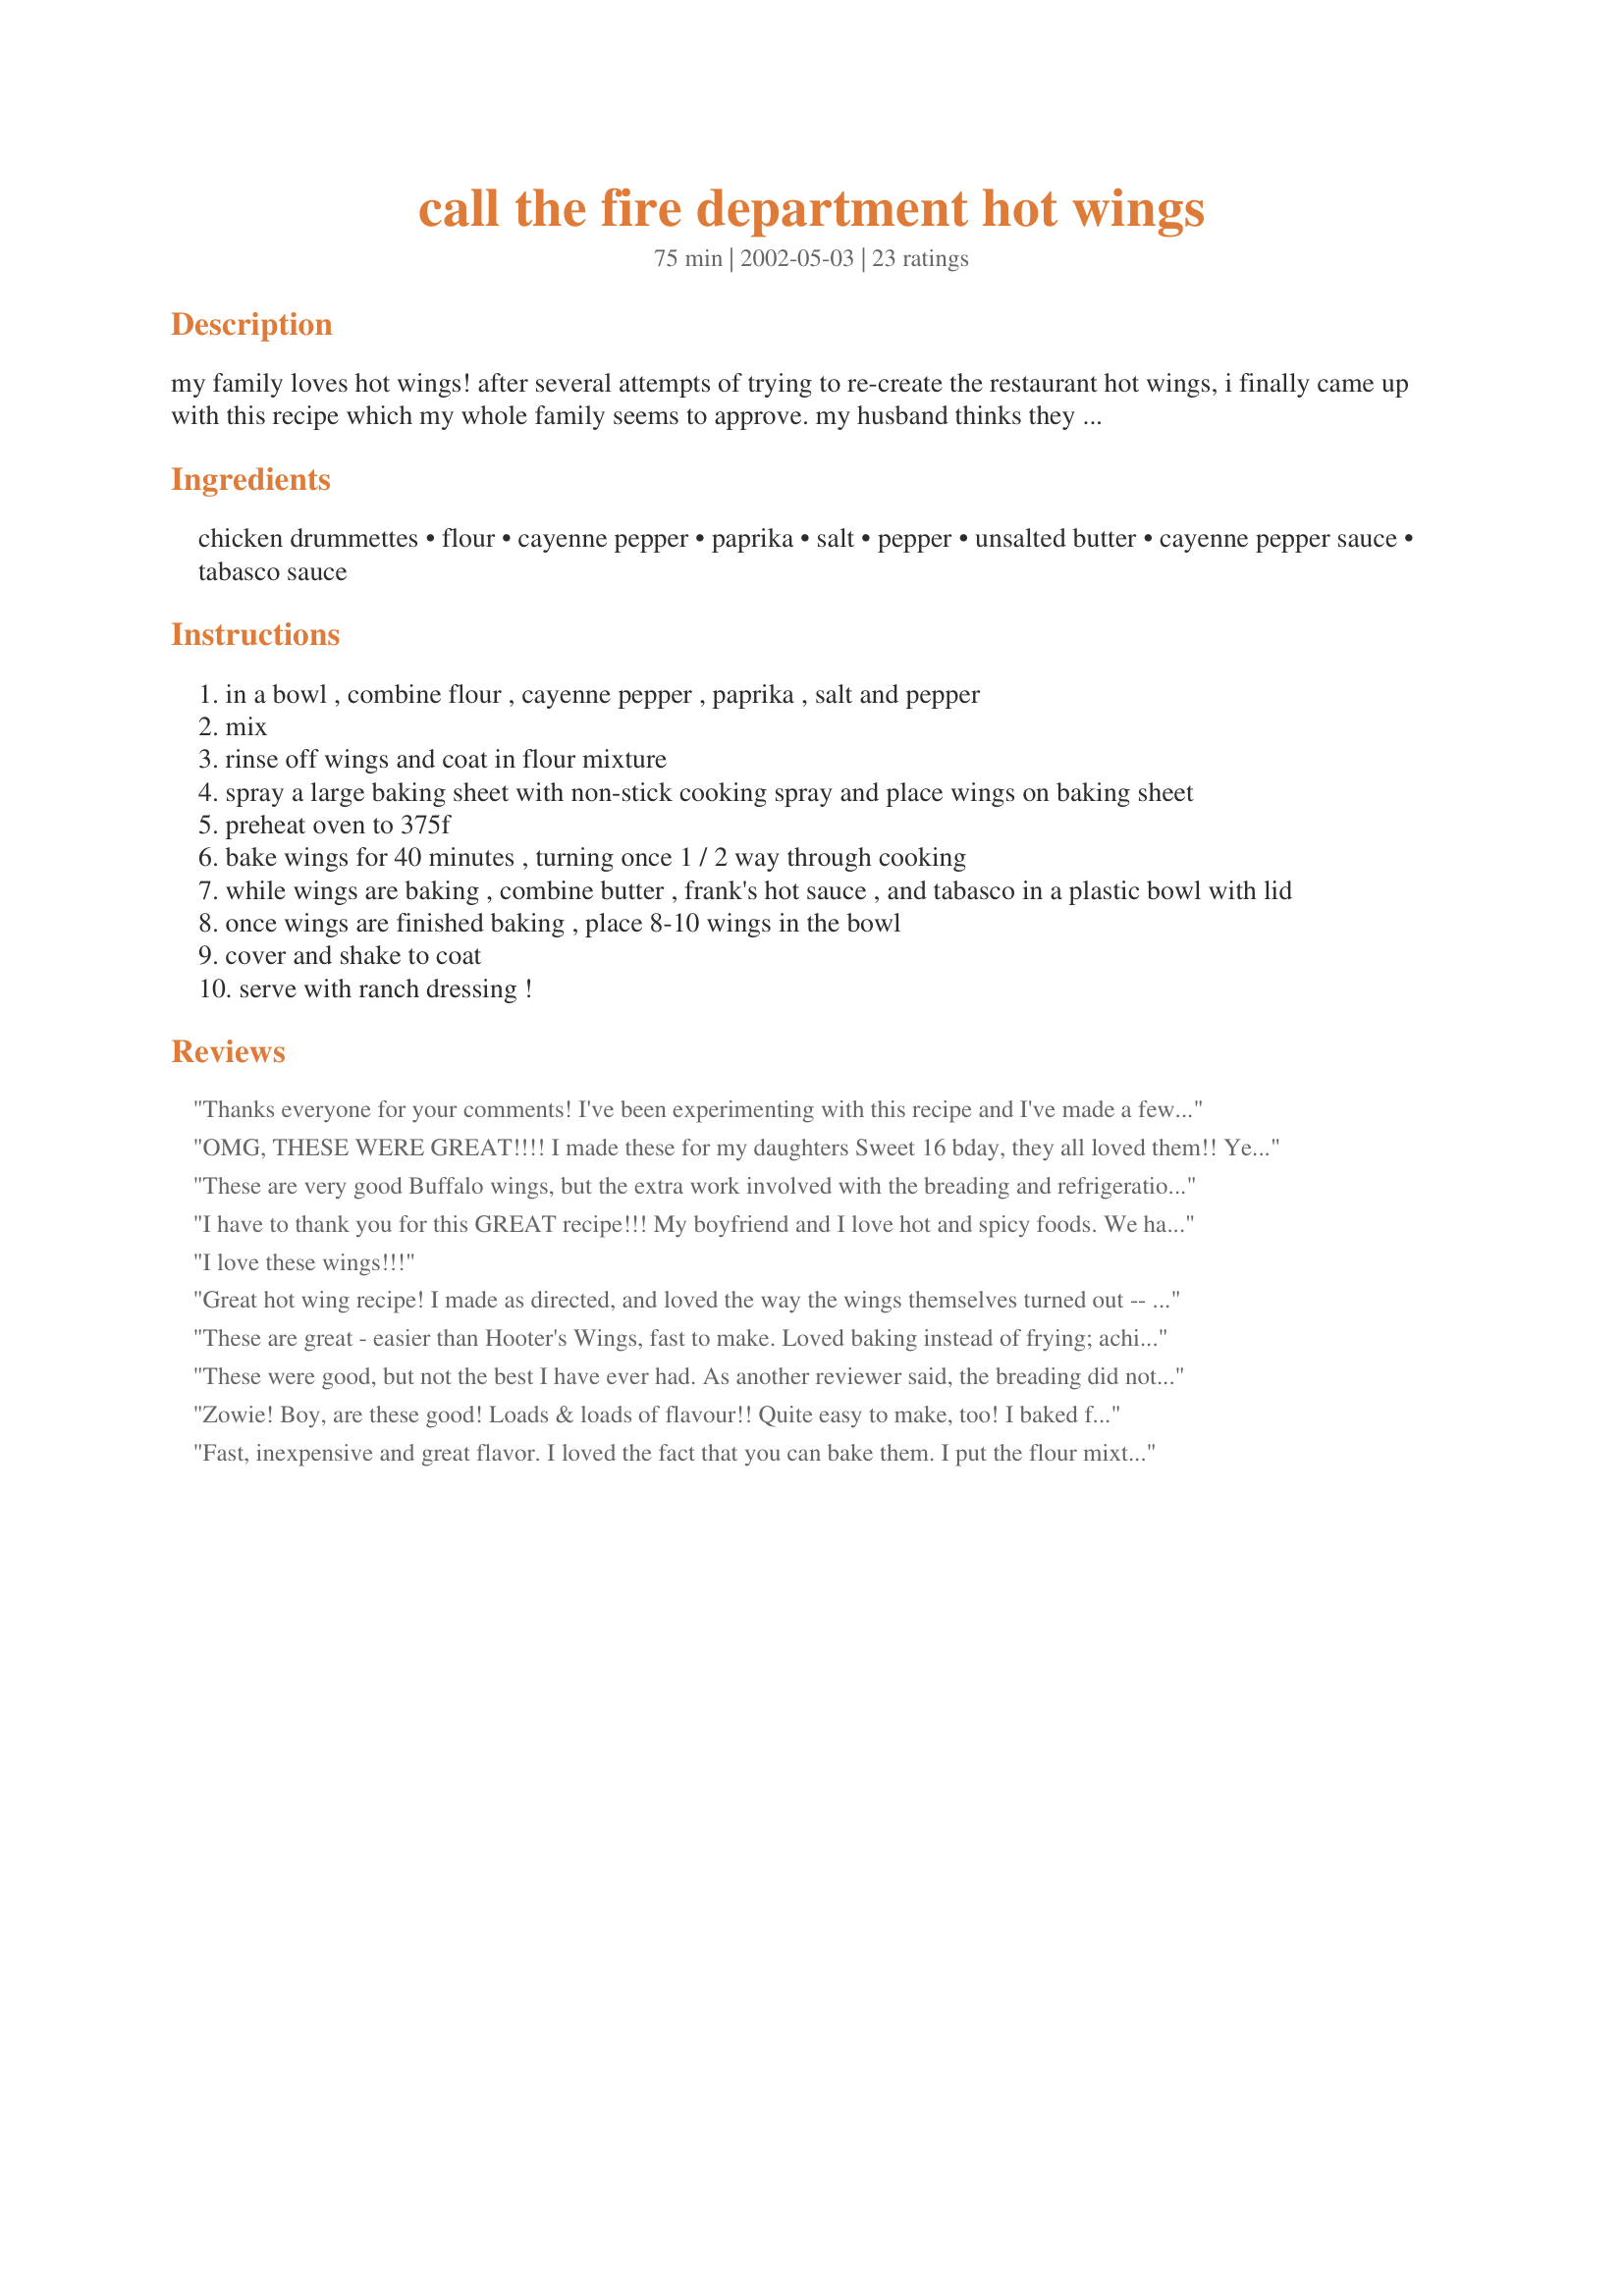
call the fire department hot wings
Preparation time: 75 minutes

my family loves hot wings! after several attempts of trying to re-create the restaurant hot wings, i finally came up with this recipe which my whole family seems to approve. my husband thinks they could be hotter, but then again, he adds red pepper flakes to most of his food. the kids and i think they are hot enough, but add even more tabasco if you wish!

Ingredients:
chicken drummettes, flour, cayenne pepper, paprika, salt, pepper, unsalted butter, cayenne pepper sauce, tabasco sauce

Steps:
in a bowl , combine flour , cayenne pepper , paprika , salt and pepper
mix
rinse off wings and coat in flour mixture
spray a large baking sheet with non-stick cooking spray and place wings on baking sheet
preheat oven to 375f
bake wings for 40 minutes , turning once 1 / 2 way through cooking
while wings are baking , combine butter , frank's hot sauce , and tabasco in a plastic bowl with lid
once wings are finished baking , place 8-10 wings in the bowl
cover and shake to coat
serve with ranch dressing !

Reviews:
Thanks everyone for your comments! 
I've been experimenting with this recipe and I've made a few changes that I think will make this recipe better....
1.) Omit the refrigerating time
2.) Omit the vinegar
3.) Increase the Tabasco sauce to 4 teaspoons instead of just 3! My family likes them HOT! :)
OMG, THESE WERE GREAT!!!! I made these for my daughters Sweet 16 bday, they all loved them!! Yeah cleaning the pan aftewards was a BIG JOB!! Even though i sprayed the pan, it still had to soak for a while. But they were amazing!! Thanks for sharing.
These are very good Buffalo wings, but the extra work involved with the breading and refrigeration didn't make much difference. Simply basting the wings with the sauce and shaking afterwards will provide the same flavor.
I have to thank you for this GREAT recipe!!! My boyfriend and I love hot and spicy foods. We have been trying a wide variety of Hot wings and we have to say by far you're "call the fire department hot wings" are the best yet!!
 Sincerely,

Molly & Mark
Baldur, Manitoba CANADA
I love these wings!!!
Great hot wing recipe! I made as directed, and loved the way the wings themselves turned out -- I'll use that method no matter what sauce I through on them. I really liked the sauce but my husband didn't care for the vinegar-y taste...so maybe next time I'll skip the tabasco? Otherwise we both really really enjoyed these. I didn't coat the wings, just served the sauce in a dish along with a dish of ranch to dip. These will definitely be made again! Thanks for posting :)
These are great - easier than Hooter's Wings, fast to make. Loved baking instead of frying; achieved same results. Forgive me for tweaking a perfect recipe, but we like it very hot...sprinkled liberally with cayenne pepper after breading, added 2 tablespoons of Chile Habernero Sauce. Thanks for an excellent recipe for wings.
These were good, but not the best I have ever had. As another reviewer said, the breading did not make much sense. Also, I had problems removing them from the baking pan, so I would suggest spraying the pan or drizzling butter over them before baking. To my taste, the 1/2 tsp salt called for was not enough. Perhaps not adding the salt to the flour and instead sprinkling them with salt before flouring them would result in tastier wings. I also baked them at 425 degrees for the same amount of baking time to make them crispier.
Zowie! Boy, are these good! Loads & loads of flavour!! Quite easy to make, too! I baked for an extra 10 minutes to make them very crispy. The meat literally fell off the bone & they were so saucy - just the way we like them. After one or 2, my husband & I were both thinking that they could be a little hotter. But, after eating a couple more, we realized the heat was perfect! These were EASILY better than any wings I've ever had before!!
Fast, inexpensive and great flavor. I loved the fact that you can bake them. I put the flour mixture in a bag added the wings and shook to coat. Color of the cooked wings was also very appealing. I did not use the sauce and the flavor was still excellent
These are great chicken wings!!!!!!!!! I have eaten a lot of chicken wings in some of the most famous places. I had 20 drummettes so I cut the recipe to 3 servings. I did refrigerate, as I made them in advance & placed on cooking sheet. That way they could be just popped into the oven. I heated up my sauce before placing in bowl for the shaking. Did not want the sauce to cool off the wings. I think shaking in a covered bowl is very important for a professional finish. To be able to get the results with baking the wings is a major bonus. Thank you so much Kim!!! This recipe gets a plastic cover & I will be making them often. There are 5 more cooked wings hiding in the back of the frig with my name on them. This being the right of the cook!
My family stated that these were the best wings I ever made. I followed your recipe, but I used only Louisiana Hot Sauce and Butter in the sauce, as the store didn't have Frank's and I thought I had tabasco sauce at home and I didn't. I did add a few shakes of cayenne to the sauce. When I make wings, my family always comments that they're not hot enough...they didn't say that this time! Thanks for sharing...they told me to stop looking for another hot wing recipe, that this one is all I'll need!
I gave these 3 stars. I've made these once again since New Years Eve. My future hubby told me he really liked them. I was disapointed in these chicken wings. But we decided to give them another try and twick the recipe and rerate it. I guess I was thinking they would be more like restaurant style the first time we tried them. I did make a few changes due to serving these to children 5 & 6 yrs old I reduced the cayenne to 1/4 tsp and increased the butter to 8 tbl and the Franks Red Hot by a tbl spoon or 2 more after trying the recipe as listed. My newphew 5 & niece 6 did not like them at all and thought they were still to spicy. I thought they were ok and a bit spicy. Then I redid the recipe as listed with the same changes as above except this time I added 2 TSP. white granulated sugar and a couple TBL. of ranch dressing. We really liked them after that. They were still spicy but not burning your lips off and they had flavor and we thought they tasted great. Overall I will make them again the way I did but my future hubby and I decided not use the flour next time as the skin comes off the wings when flipping them. We have decided to try defrying them first then coating them in sauce. Thanks for posting a good recipe Christine (internetnut)
The way your wings taste makes my burnt finger worth the effort. They came out spicy and juicy and so addictingly each time I cooked them. Thanks so much for sharing this. <3
Hoowee! Hot and delicious. Only thing I did different was to throw these after baking into a crock pot with the sauce and let it simmer for a couple of hours. We love super spicy, this is definitely super spicy. Thanks!
I thought these were pretty decent, considering they aren't deep-fried, which is considered the "authentic" way to cook them. I didn't refridgerate them, however, and they turned out just fine. I also turned the heat up to 400 about 1/2 way through, which seemed to make them a bit crispier.
When I asked my husband how many stars to give this recipe, he said "17!!". These wings were awesome. We doubled the amount of caynne pepper and paprika, and they turned out wonderfully spicy and delicious. I as actually surprised how fell the flour coating stayed on, it was delicious. I think this is going to be our standard wing recipe from now on.
I've been obsessed w/ a pizza place that makes what I think are perfect wings. Unfortunately, it's in a different state, so I can't just swing by. So, I took up my search on Zaar, and yours was the first recipe I thought might be close. I've just whipped up a batch, and I have to say....they are exactly what I'd hoped they'd be!! I never thought to add Tabasco! It gives the sauce that tangy, vinegar-like flavor that makes the wings not only hot but very, very flavorful. Thank you so much for a super recipe!!
I'm not sure why internetnut would make wings called "call the fire department hot wings" for children, it seems to have influenced her review! This recipe turned out great for me! Very nicely spiced and the wings came out lightly crisp and tasty! Thanks for posting this great recipe, Kim D. It's a keeper at my house (my BF REALLY loved these!).
I made these for New Year's Day and they were a huge hit with my family and friends. I put them in the crockpot after they were done baking and kept them on low all afternoon. It seemed the longer they were in the crockpot, the better the flavor got! The only things I changed in the recipe was that I used Frank's Red Hot Buffalo wing sauce and I raised the temp. on the oven to 400 degrees for the last 20 minutes of baking to make them more crispy. Thanks for posting this recipe! We will be making these again. :)
These are one of the better recipes for hotwings that I"ve tried to use w/my family of MEN. These got high marks for taste and HOTNESS. I'm glad I came upon this and in fact I've had it saved to use for some time. This will be a repeat maker and I"m glad you posted Kim.!~
Great wings. I loved the fact that baking them with the flour they actually got crispy. Just the right kick from the hot sauce as well. I'll be making these again.
Wow! Took it to the Superbowl Party and someone commented that if a prize were given for the best tailgate food, we would win. Perfect spice. We substituted Louisiana Hot Sauce for Frank's red hot cayenne pepper sauce. Two days later, they still taste great!
